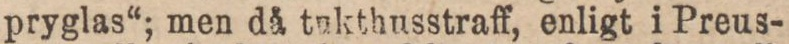
pryglas“; men då tukthusstraff, enligt i Preus-